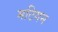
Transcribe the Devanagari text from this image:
मटिगन